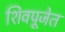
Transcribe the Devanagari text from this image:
शिवपूजेत